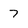
Character: 7